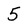
Character: 5